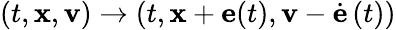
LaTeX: (t,{\mathbf x},{\mathbf v})\to(t,{\mathbf x}+{\mathbf e}(t),{\mathbf v}-\dot{{\mathbf e}}\, (t))